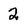
Character: 2